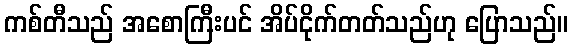
ကစ်တီသည် အစောကြီးပင် အိပ်ငိုက်တတ်သည်ဟု ပြောသည်။